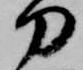
刀